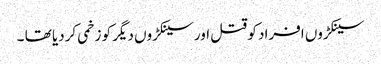
سینکڑوں افراد کو قتل اور سینکڑوں دیگر کو زخمی کردیا تھا ۔